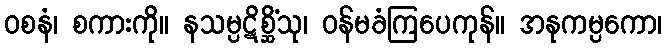
ဝစနံ၊ စကားကို။ နသမ္ပဋိစ္ဆိံသု၊ ဝန်မခံကြပေကုန်။ အနုကမ္ပကော၊